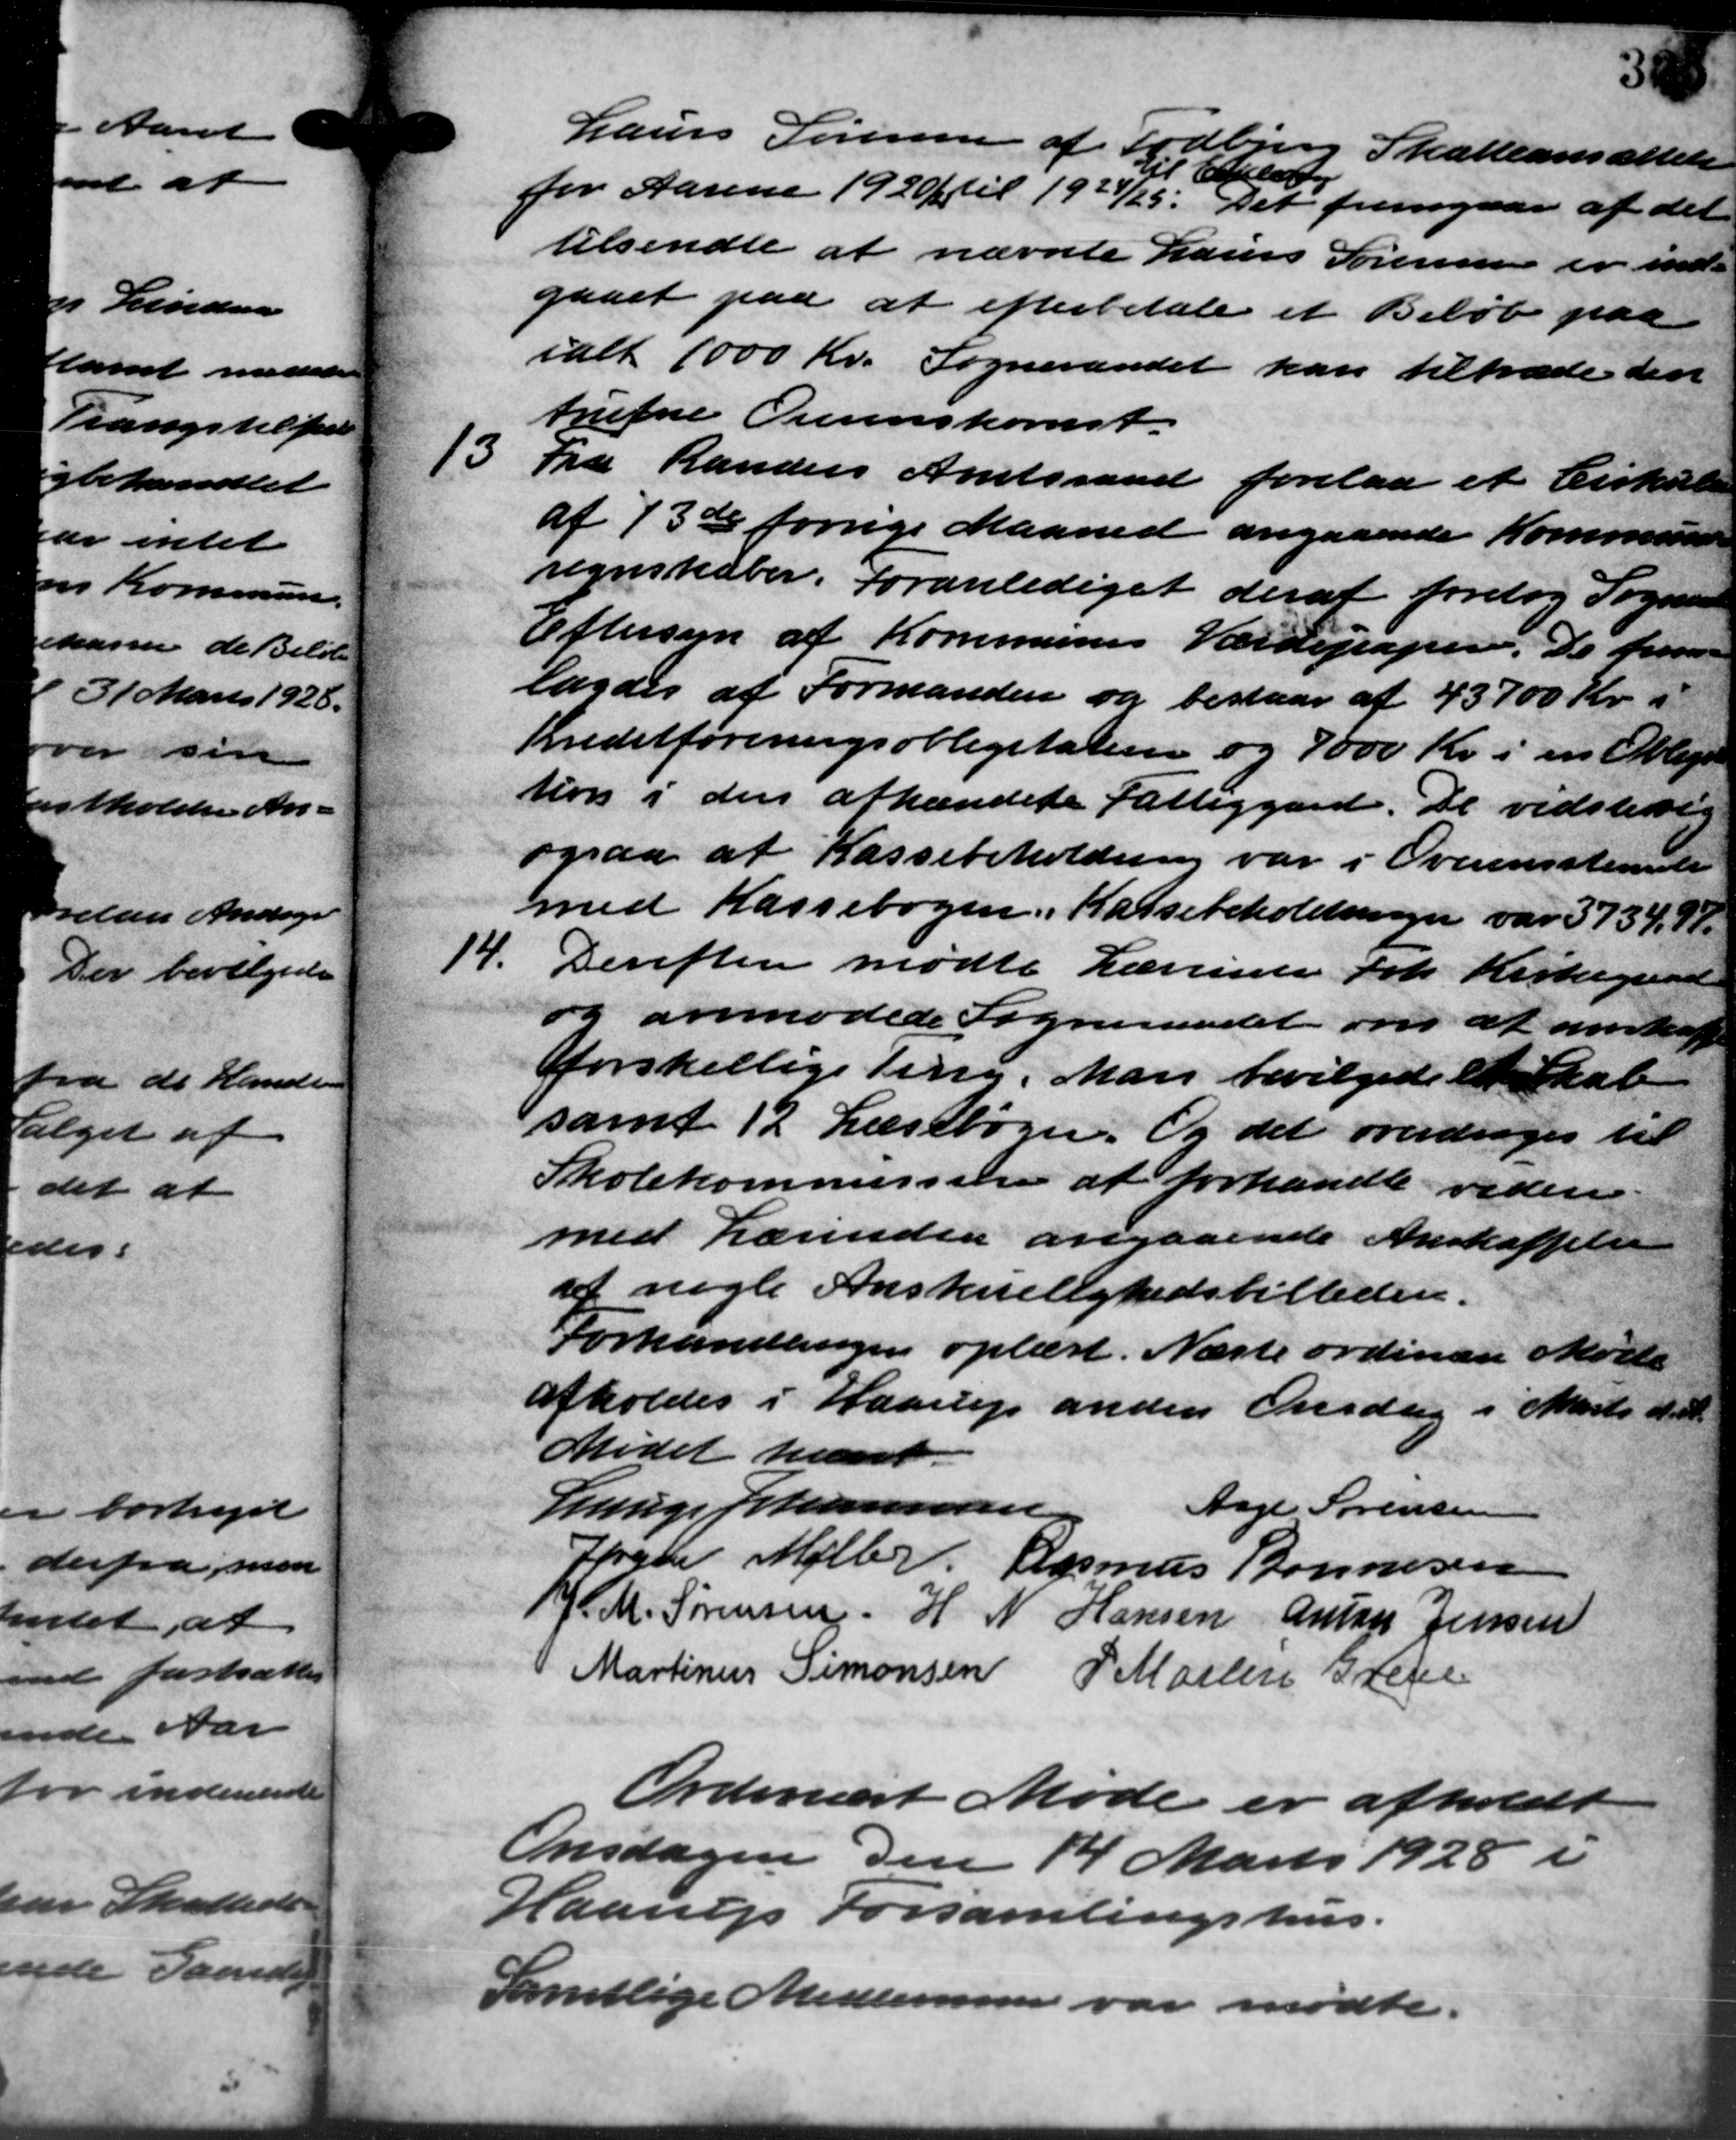
Transskription:
Laurs Sørensen af Todbjerg Skatteansættelse
for Aarene 1920 til 1924/25. Det fremgaar af det
il Cla
tilsendte at nævnte Laurs Sørensen er ind-
gaaet paa at efterbetale et Beløb paa
ialt 1000 Kr. Sogneraadet kan tiltræde den
trufne Overenskomst.
13
Fra Randers Amtsraad forelaa et Cirkulære
af 13de forrige Maaned angaaende Kommune
regnskaber. Foranlediget der at foretog Sogneraad
Eftersyn af Kommunes Værdipaper. De frem-
lagdes at Formanden og bestaar af 43700 Kr.
Kreditforeningsobligetalien og 7000 Kr. i en Oblige
tion i den afhændede Fattiggård. De vedstillig
ogsaa at Kassebeholdning var i Overensstemte
med Kassebogen i Kassebeholdninger var 3734,97.
14.
Derefter mødte Lærerente Frk Kirkegaard
og anmodede Sogneraadet om at anskaffe
forskellige ting. Man bevilgede et Skat
samt 12 Læsebøger. Og det overdrages til
Skolekommission at forhandle videre
med Lærinden angaaende Anskaffelse
af nogle Anskuelighedsbilleden.
Forhandlingen oplæst. Næste ordinære Møde
afholdes i Haarup anden Onsdag i Marts d. A.
Mødet hævet.
Lauge Johannesen
Aage Sørensen
Jørgen Møller. Rasmus Bonnesen
J. M. Sørensen H N Hansen Antage Jensen
Martinus Simonsen P. Martin Grete
Ordinært Møde er afholdt
Onsdagen den 14 Marts 1928 i
Haarup Forsamlingshus.
Samtlige Medlemmer var mødte.